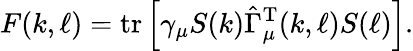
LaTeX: F(k,\ell)=\mathrm{tr}\left[\gamma_{\mu}S(k)\hat{\Gamma}_{\mu}^{\mathrm{T}}(k,\ell)S(\ell)\right].